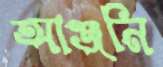
আঞ্জনি